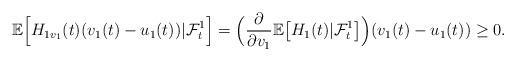
LaTeX: \begin{align*}\mathbb{E}\Big[H_{1v_1}(t)(v_1(t)-u_1(t))|\mathcal{F}_t^1\Big]=\Big(\frac{\partial}{\partial v_1}\mathbb{E}\big[H_1(t)|\mathcal{F}_t^1\big]\Big)(v_1(t)-u_1(t))\geq 0.\end{align*}